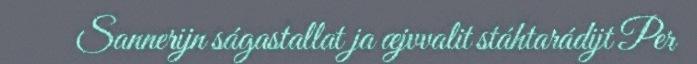
Sannerijn ságastallat ja æjvvalit stáhtarádijt Per